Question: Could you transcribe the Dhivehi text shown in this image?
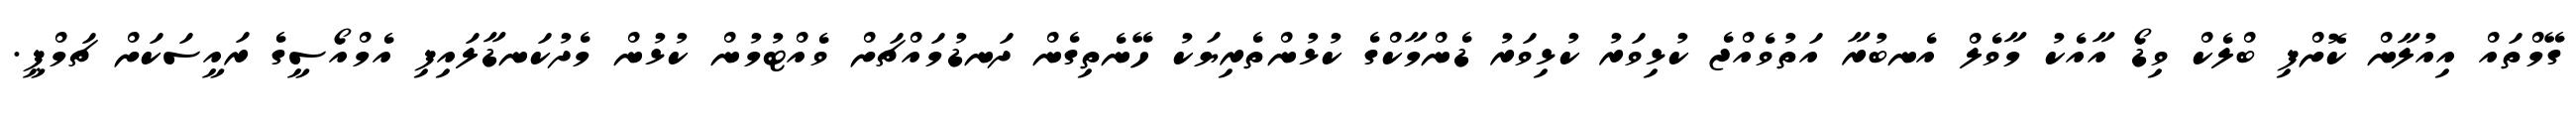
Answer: ގޭމްތައް އިއުލާން ކޮށްފި ބްލެކް ވިޑޯ އާއެކު މާވެލް އެނބުރާ އަތުވެއްޖެ ކުޅިވަރު ކުޅިވަރު ޑެންމާކްގެ ކުޅުންތެރިޔަކު ހޭނެތިގެން ދަނޑުމައްޗަށް ވެއްޓުމުން ކުޅުން މެދުކަނޑާލައިފި އެމްއޯސީގެ ރައީސަކަށް ޗަމްޕީ.